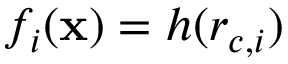
f _ { i } ( \mathbf { x } ) = h ( r _ { c , i } )